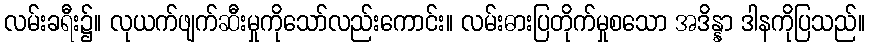
လမ်းခရီး၌။ လုယက်ဖျက်ဆီးမှုကိုသော်လည်းကောင်း။ လမ်းဓားပြတိုက်မှုစသော အဒိန္နာ ဒါနကိုပြသည်။